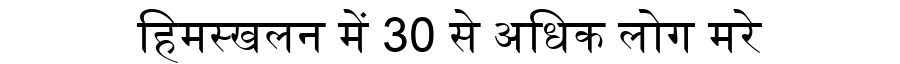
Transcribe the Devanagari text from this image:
हिमस्खलन में 30 से अधिक लोग मरे